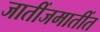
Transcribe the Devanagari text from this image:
जातींजमातींत